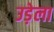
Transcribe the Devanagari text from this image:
उड़ेला